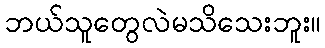
ဘယ်သူတွေလဲမသိသေးဘူး။